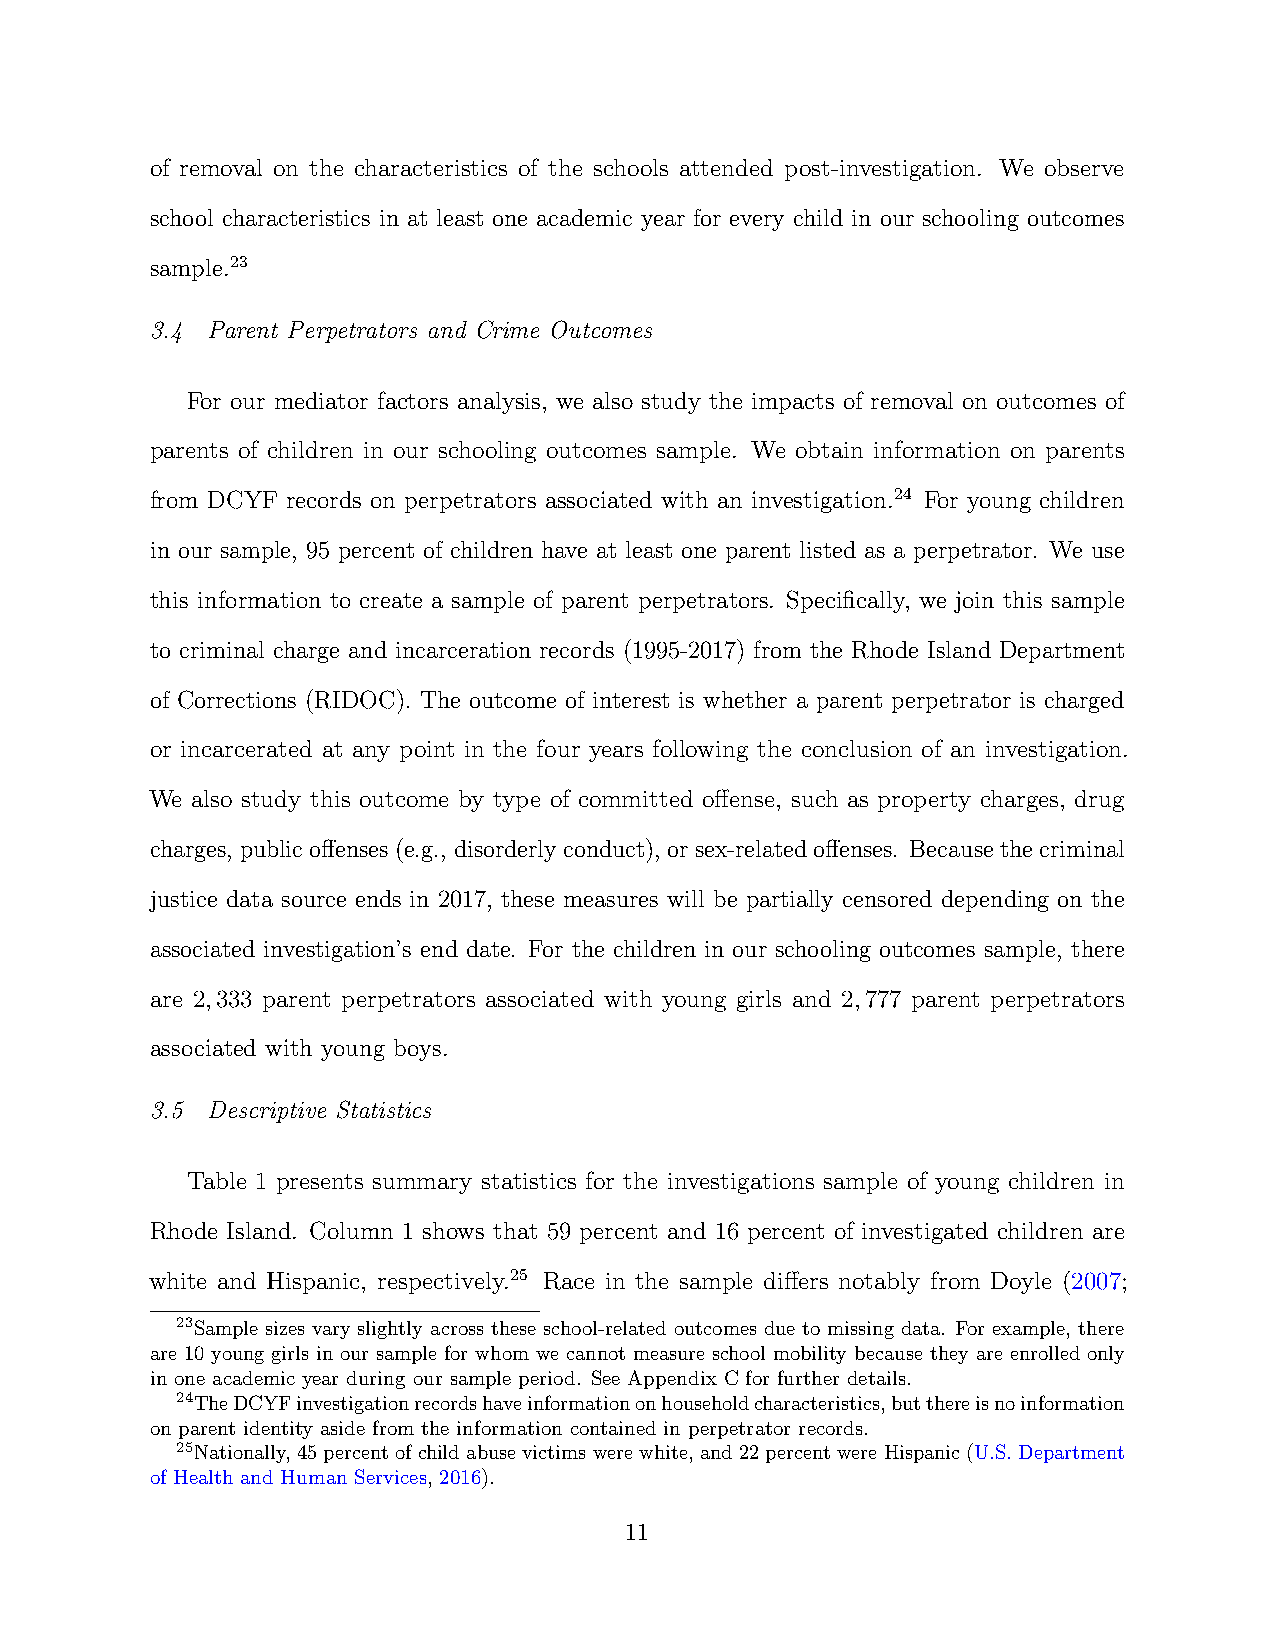
of removal on the characteristics of the schools attended post-investigation. We observe
 school characteristics in at least one academic year for every child in our schooling outcomes
 sample.23
 3.4 Parent Perpetrators and Crime Outcomes
 For our mediator factors analysis, we also study the impacts of removal on outcomes of
 parents of children in our schooling outcomes sample. We obtain information on parents
 from DCYF records on perpetrators associated with an investigation.24 For young children
 in our sample, 95 percent of children have at least one parent listed as a perpetrator. We use
 this information to create a sample of parent perpetrators. Specifically, we join this sample
 to criminal charge and incarceration records (1995-2017) from the Rhode Island Department
 of Corrections (RIDOC). The outcome of interest is whether a parent perpetrator is charged
 or incarcerated at any point in the four years following the conclusion of an investigation.
 We also study this outcome by type of committed offense, such as property charges, drug
 charges, public offenses (e.g., disorderly conduct), or sex-related offenses. Because the criminal
 justice data source ends in 2017, these measures will be partially censored depending on the
 associated investigation’s end date. For the children in our schooling outcomes sample, there
 are 2,333 parent perpetrators associated with young girls and 2,777 parent perpetrators
 associated with young boys.
 3.5 Descriptive Statistics
 Table 1 presents summary statistics for the investigations sample of young children in
 Rhode Island. Column 1 shows that 59 percent and 16 percent of investigated children are
 white and Hispanic, respectively.25 Race in the sample differs notably from Doyle (2007;
 23Sample sizes vary slightly across these school-related outcomes due to missing data. For example, there
 are 10 young girls in our sample for whom we cannot measure school mobility because they are enrolled only
 in one academic year during our sample period. See Appendix C for further details.
 24TheDCYFinvestigationrecordshaveinformationonhouseholdcharacteristics,butthereisnoinformation
 on parent identity aside from the information contained in perpetrator records.
 25Nationally, 45 percent of child abuse victims were white, and 22 percent were Hispanic (U.S. Department
 of Health and Human Services, 2016).
 11